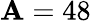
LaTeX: \mathbf{A}=48